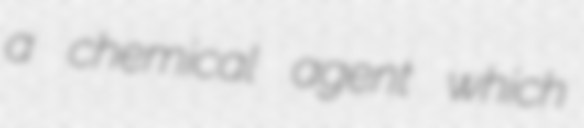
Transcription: a chemical agent which